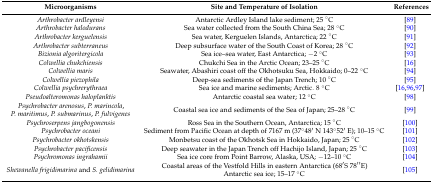
| Microorganisms | Site and Temperature of Isolation | References |
 | --- | --- | --- |
 | Arthrobacter ardleyensi | Antarctic Ardley Island lake sediment; 25 °C | [89] |
 | Arthrobacter halodurans | Sea water collected from the South China Sea; 28 °C | [90] |
 | Arthrobacter kerguelensis | Sea water, Kerguelen Islands, Antarctica; 22 °C | [91] |
 | Arthrobacter subterraneus | Deep subsurface water of the South Coast of Korea; 28 °C | [92] |
 | Bizionia algoritergicola | Sea ice–sea water, East Antarctica; −2 °C | [93] |
 | Colwellia chukchiensis | Chukchi Sea in the Arctic Ocean; 23–25 °C | [16] |
 | Colwellia maris | Seawater, Abashiri coast off the Okhotsuku Sea, Hokkaido; 0–22 °C | [94] |
 | Colwellia piezophila | Deep-sea sediments of the Japan Trench; 10 °C | [95] |
 | Colwellia psychrerythraea | Sea ice and marine sediments; Arctic. 8 °C | [16,96,97] |
 | Pseudoalteromonas haloplanktis | Antarctic coastal sea water; 12 °C | [98] |
 | Psychrobacter arenosus, P. marincola, P. maritimus, P. submarinus, P. fulvigenes | Coastal sea ice and sediments of the Sea of Japan; 25–28 °C | [99] |
 | Psychroserpens jangbogonensis | Ross Sea in the Southern Ocean, Antarctica; 15 °C | [100] |
 | Psychrobacter oceani | Sediment from Pacific Ocean at depth of 7167 m (37°48′ N 143°52′ E); 10–15 °C | [101] |
 | Psychrobacter okhotskensis | Monbetsu coast of the Okhotsk Sea in Hokkaido, Japan; 25 °C | [102] |
 | Psychrobacter pacificensis | Deep seawater in the Japan Trench off Hachijo Island, Japan; 25 °C | [103] |
 | Psychromonas ingrahamii | Sea ice core from Point Barrow, Alaska, USA; −12–10 °C | [104] |
 | Shewanella frigidimarina and S. gelidimarina | Coastal areas of the Vestfold Hills in eastern Antarctica (68′S 78′′E) Antarctic sea ice; 15–17 °C | [105] |